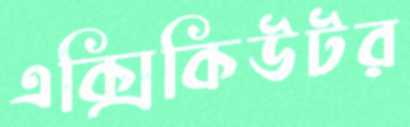
এক্সিকিউটর